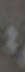
: